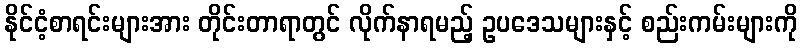
နိုင်ငံ့စာရင်းများအား တိုင်းတာရာတွင် လိုက်နာရမည့် ဥပဒေသများနှင့် စည်းကမ်းများကို